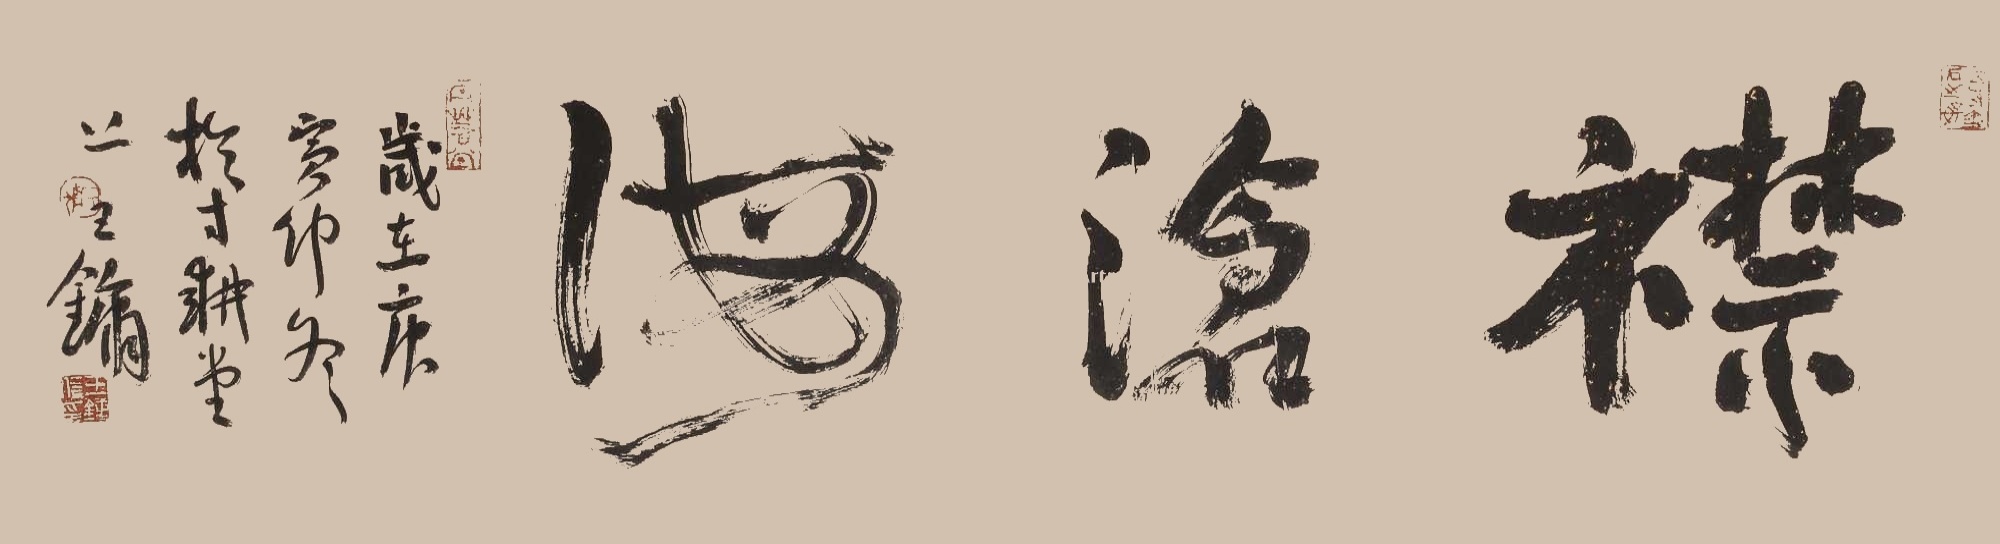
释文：襟沧海。岁在庚寅仲冬，于寸耕堂上，王镛。